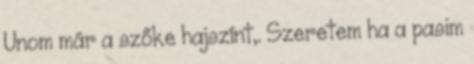
Unom már a szőke hajszínt,. Szeretem ha a pasim